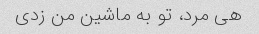
هی مرد، تو به ماشین من زدی